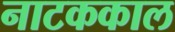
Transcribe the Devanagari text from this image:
नाटककाल